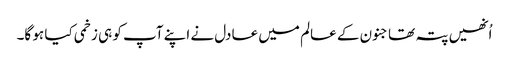
اُنھیں پتہ تھا جنون کے عالم میں عادل نے اپنے آپ کو ہی زخمی کیا ہو گا۔